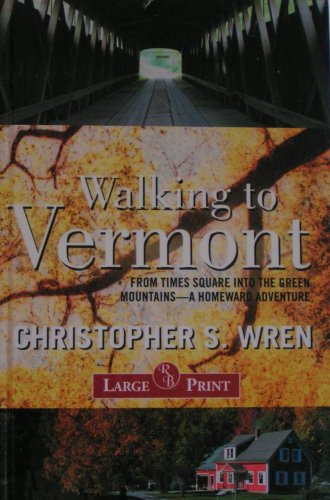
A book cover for Walking to Vermont: From Times Square Into the Green Mountains -- a Homeward Adventure; Christopher S. Wren; Travel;